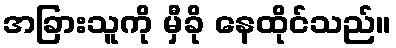
အခြားသူကို မှီခို နေထိုင်သည်။